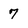
Character: 7